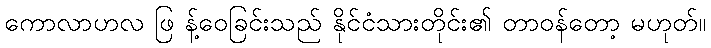
ကောလာဟလ ဖြ န့်ဝေခြင်းသည် နိုင်ငံသားတိုင်း၏ တာဝန်တော့ မဟုတ်။